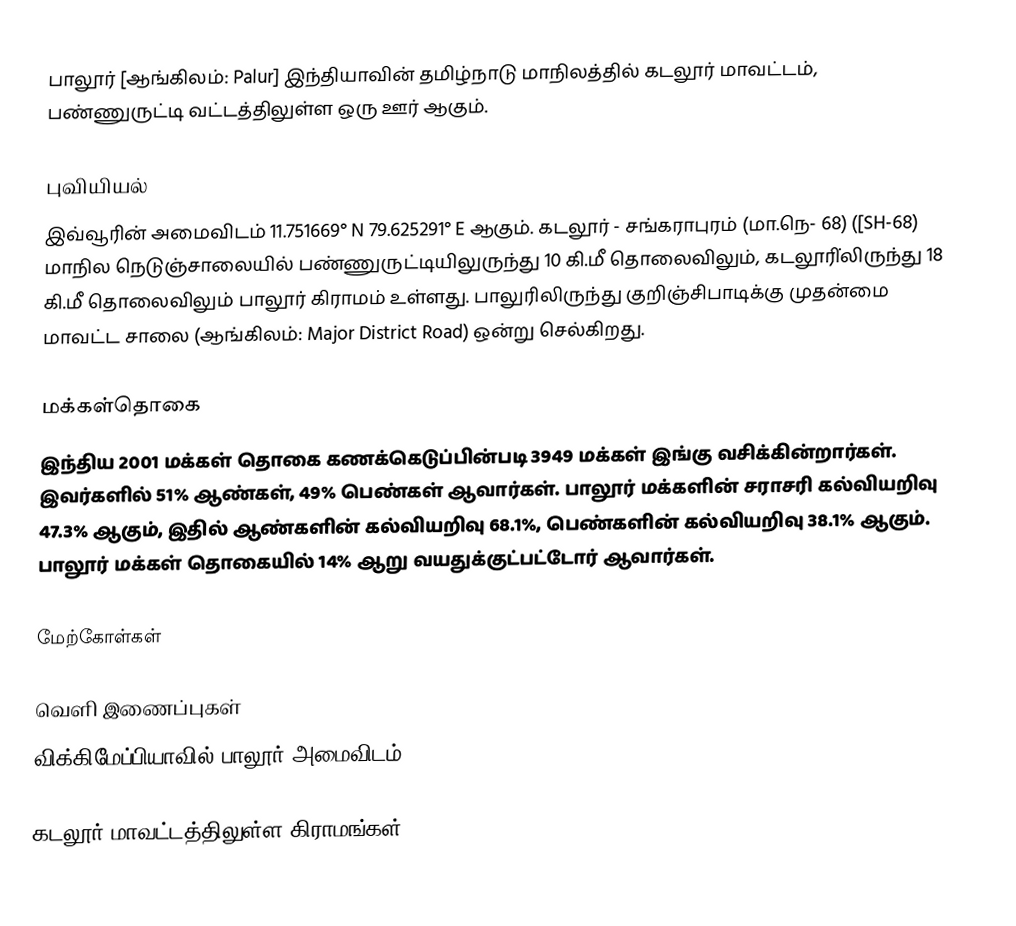
பாலூர் [ஆங்கிலம்: Palur] இந்தியாவின் தமிழ்நாடு மாநிலத்தில் கடலூர் மாவட்டம், பண்ணுருட்டி வட்டத்திலுள்ள ஒரு ஊர் ஆகும்.

புவியியல்
இவ்வூரின் அமைவிடம் 11.751669° N 79.625291° E ஆகும். கடலூர் - சங்கராபுரம் (மா.நெ- 68) ([SH-68) மாநில நெடுஞ்சாலையில் பண்ணுருட்டியிலுருந்து 10 கி.மீ தொலைவிலும், கடலூரி்லிருந்து 18 கி.மீ தொலைவிலும் பாலூர் கிராமம் உள்ளது. பாலுரிலிருந்து  குறிஞ்சிபாடிக்கு  முதன்மை மாவட்ட சாலை (ஆங்கிலம்: Major  District  Road) ஒன்று  செல்கிறது.

மக்கள்தொகை
இந்திய 2001 மக்கள் தொகை கணக்கெடுப்பின்படி 3949 மக்கள் இங்கு வசிக்கின்றார்கள். இவர்களில் 51% ஆண்கள், 49% பெண்கள் ஆவார்கள். பாலூர் மக்களின் சராசரி கல்வியறிவு 47.3% ஆகும், இதில் ஆண்களின் கல்வியறிவு 68.1%, பெண்களின் கல்வியறிவு 38.1% ஆகும். பாலூர் மக்கள் தொகையில் 14% ஆறு வயதுக்குட்பட்டோர் ஆவார்கள்.

மேற்கோள்கள்

வெளி இணைப்புகள்
விக்கிமேப்பியாவில் பாலூர் அமைவிடம்

கடலூர் மாவட்டத்திலுள்ள கிராமங்கள்